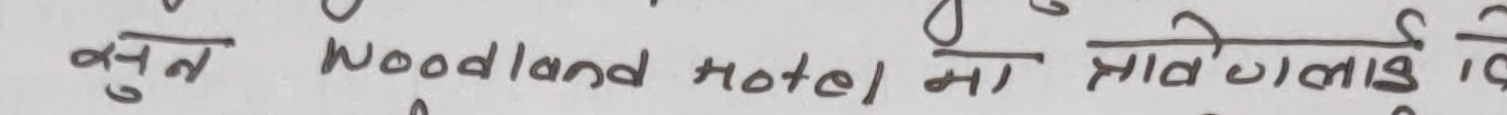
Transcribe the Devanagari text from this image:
बुजन Noodland Hotel मा प्रावगलाई वि